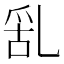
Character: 𠃹